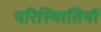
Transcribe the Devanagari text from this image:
परिस्थिातियों